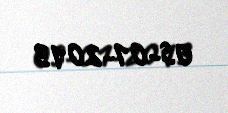
05-01-2013